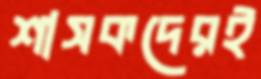
শাসকদেরই